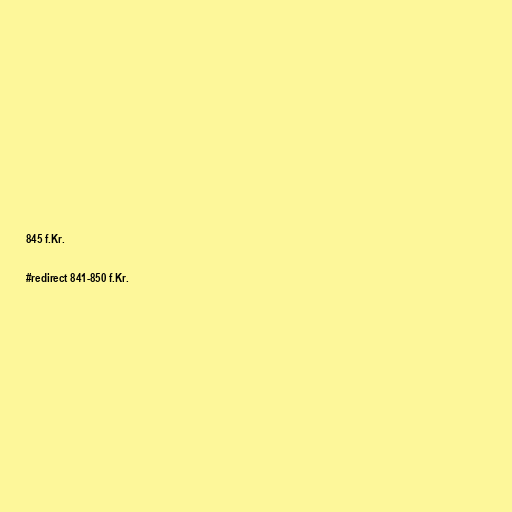
845 f.Kr.

#redirect 841-850 f.Kr.